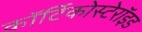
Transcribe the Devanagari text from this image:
कॉर्टिकोस्टेरॉइड